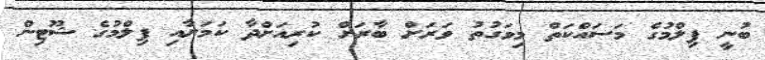
ބުނީ ފިލްމުގެ މަސައްކަތް މިވަގުތު ވަރަށް ބާރަށް ކުރިއަށްދާ ކަމަށާއި ފިލްމުގެ ޝޫޓިން